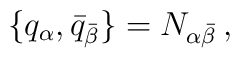
\{ q_{\alpha} , \bar{q}_{\bar{\beta}} \} = N_{\alpha \bar{\beta}}\,,